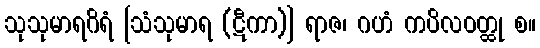
သုသုမာရဂိရံ [သံသုမာရ (ဋီကာ)] ရာဇ၊ ဂဟံ ကပိလဝတ္ထု စ။